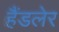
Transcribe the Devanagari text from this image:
हैंडलेर